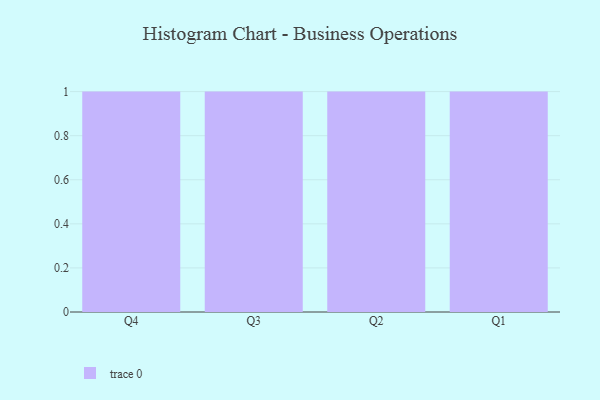
{"axis": {"x": "Quarter", "y": "Operating Costs (USD K)"}, "legend": [""], "data": [{"x": "Q4", "y": 64, "type": ""}, {"x": "Q3", "y": 34, "type": ""}, {"x": "Q2", "y": 1, "type": ""}, {"x": "Q1", "y": 66, "type": ""}]}